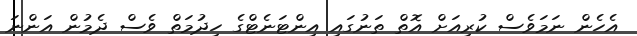
އެހެން ނަމަވެސް ކުރިއަށް އޮތް ތަނުގައި އިންޓަނެޓްގެ ހިދުމަތް ވެސް ދެމުން އަންނަ